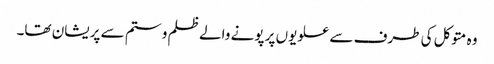
وہ متوکل کی طرف سے علویوں پر پونے والے ظلم و ستم سے پریشان تھا۔